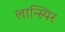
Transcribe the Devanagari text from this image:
लान्स्यिर